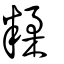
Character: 糅